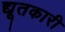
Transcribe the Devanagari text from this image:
द्यूतकारी